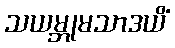
သယမ္ဘုမသာဒယိံ